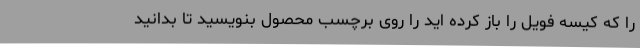
را که کیسه فویل را باز کرده اید را روی برچسب محصول بنویسید تا بدانید